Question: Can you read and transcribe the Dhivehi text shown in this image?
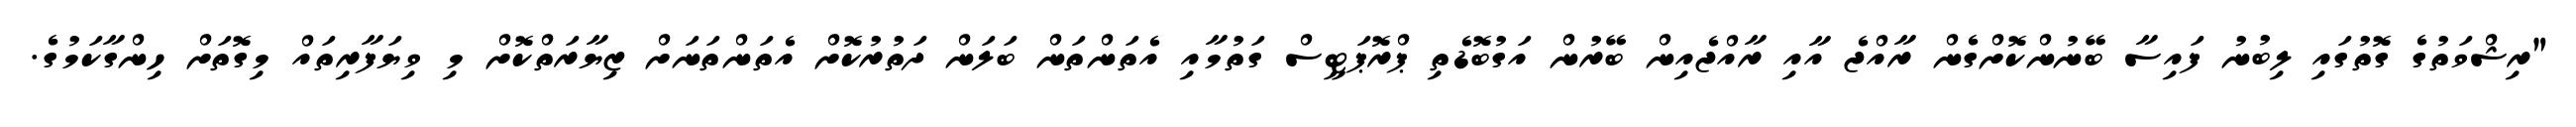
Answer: "ރިޝްވަތުގެ ގޮތުގައި ލިބުނު ފައިސާ ބޭނުންކޮށްގެން ރާއްޖެ އާއި ރާއްޖެއިން ބޭރުން އަގުބޮޑެތި ޕްރޮޕަޓީސް ގަތުމާއި އެތަންތަން ބަލަން ދަތުރުކޮށް އެތަންތަނަށް ޒިޔާރަތްކޮށް މި ވިޔަފާރިތައް މިގޮތަށް ހިންގާކަމުގެ.